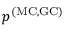
p ^ { \mathrm { ( M C , G C ) } }